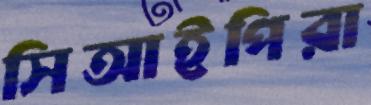
সিআইপিরা